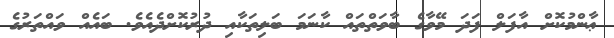
ޢާންމުކޮށް އާފަލް ފަދަ މޭވާގެ ބާވަތްތައް ކާނަމަ ބަލިތަކާއި ދުރުކޮށްދެއެވެ. ބައެއް ވައްތަރުގެ